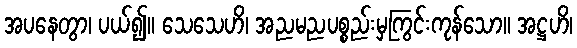
အပနေတွာ၊ ပယ်၍။ သေသေဟိ၊ အညမညပစ္စည်းမှကြွင်းကုန်သော။ အဋ္ဌဟိ၊